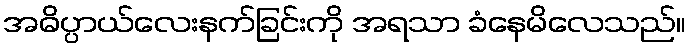
အဓိပ္ပာယ်လေးနက်ခြင်းကို အရသာ ခံနေမိလေသည်။